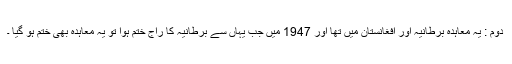
دوم : یہ معاہدہ برطانیہ اور افغانستان میں تھا اور 1947 میں جب یہاں سے برطانیہ کا راج ختم ہوا تو یہ معاہدہ بھی ختم ہو گیا ۔